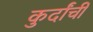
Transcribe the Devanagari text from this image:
कुर्दांची